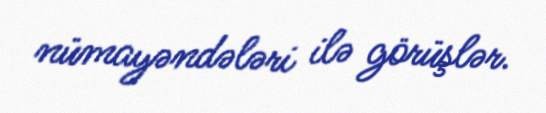
nümayəndələri ilə görüşlər.